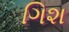
ગિશ